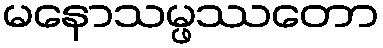
မနောသမ္ဖဿတော